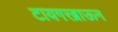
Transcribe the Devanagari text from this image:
टायगरब्राऊन